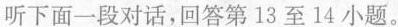
听下面一段对话,回答第 13 至 14 小题。